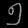
Digit: ၅